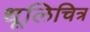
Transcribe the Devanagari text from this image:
धूलिचित्र